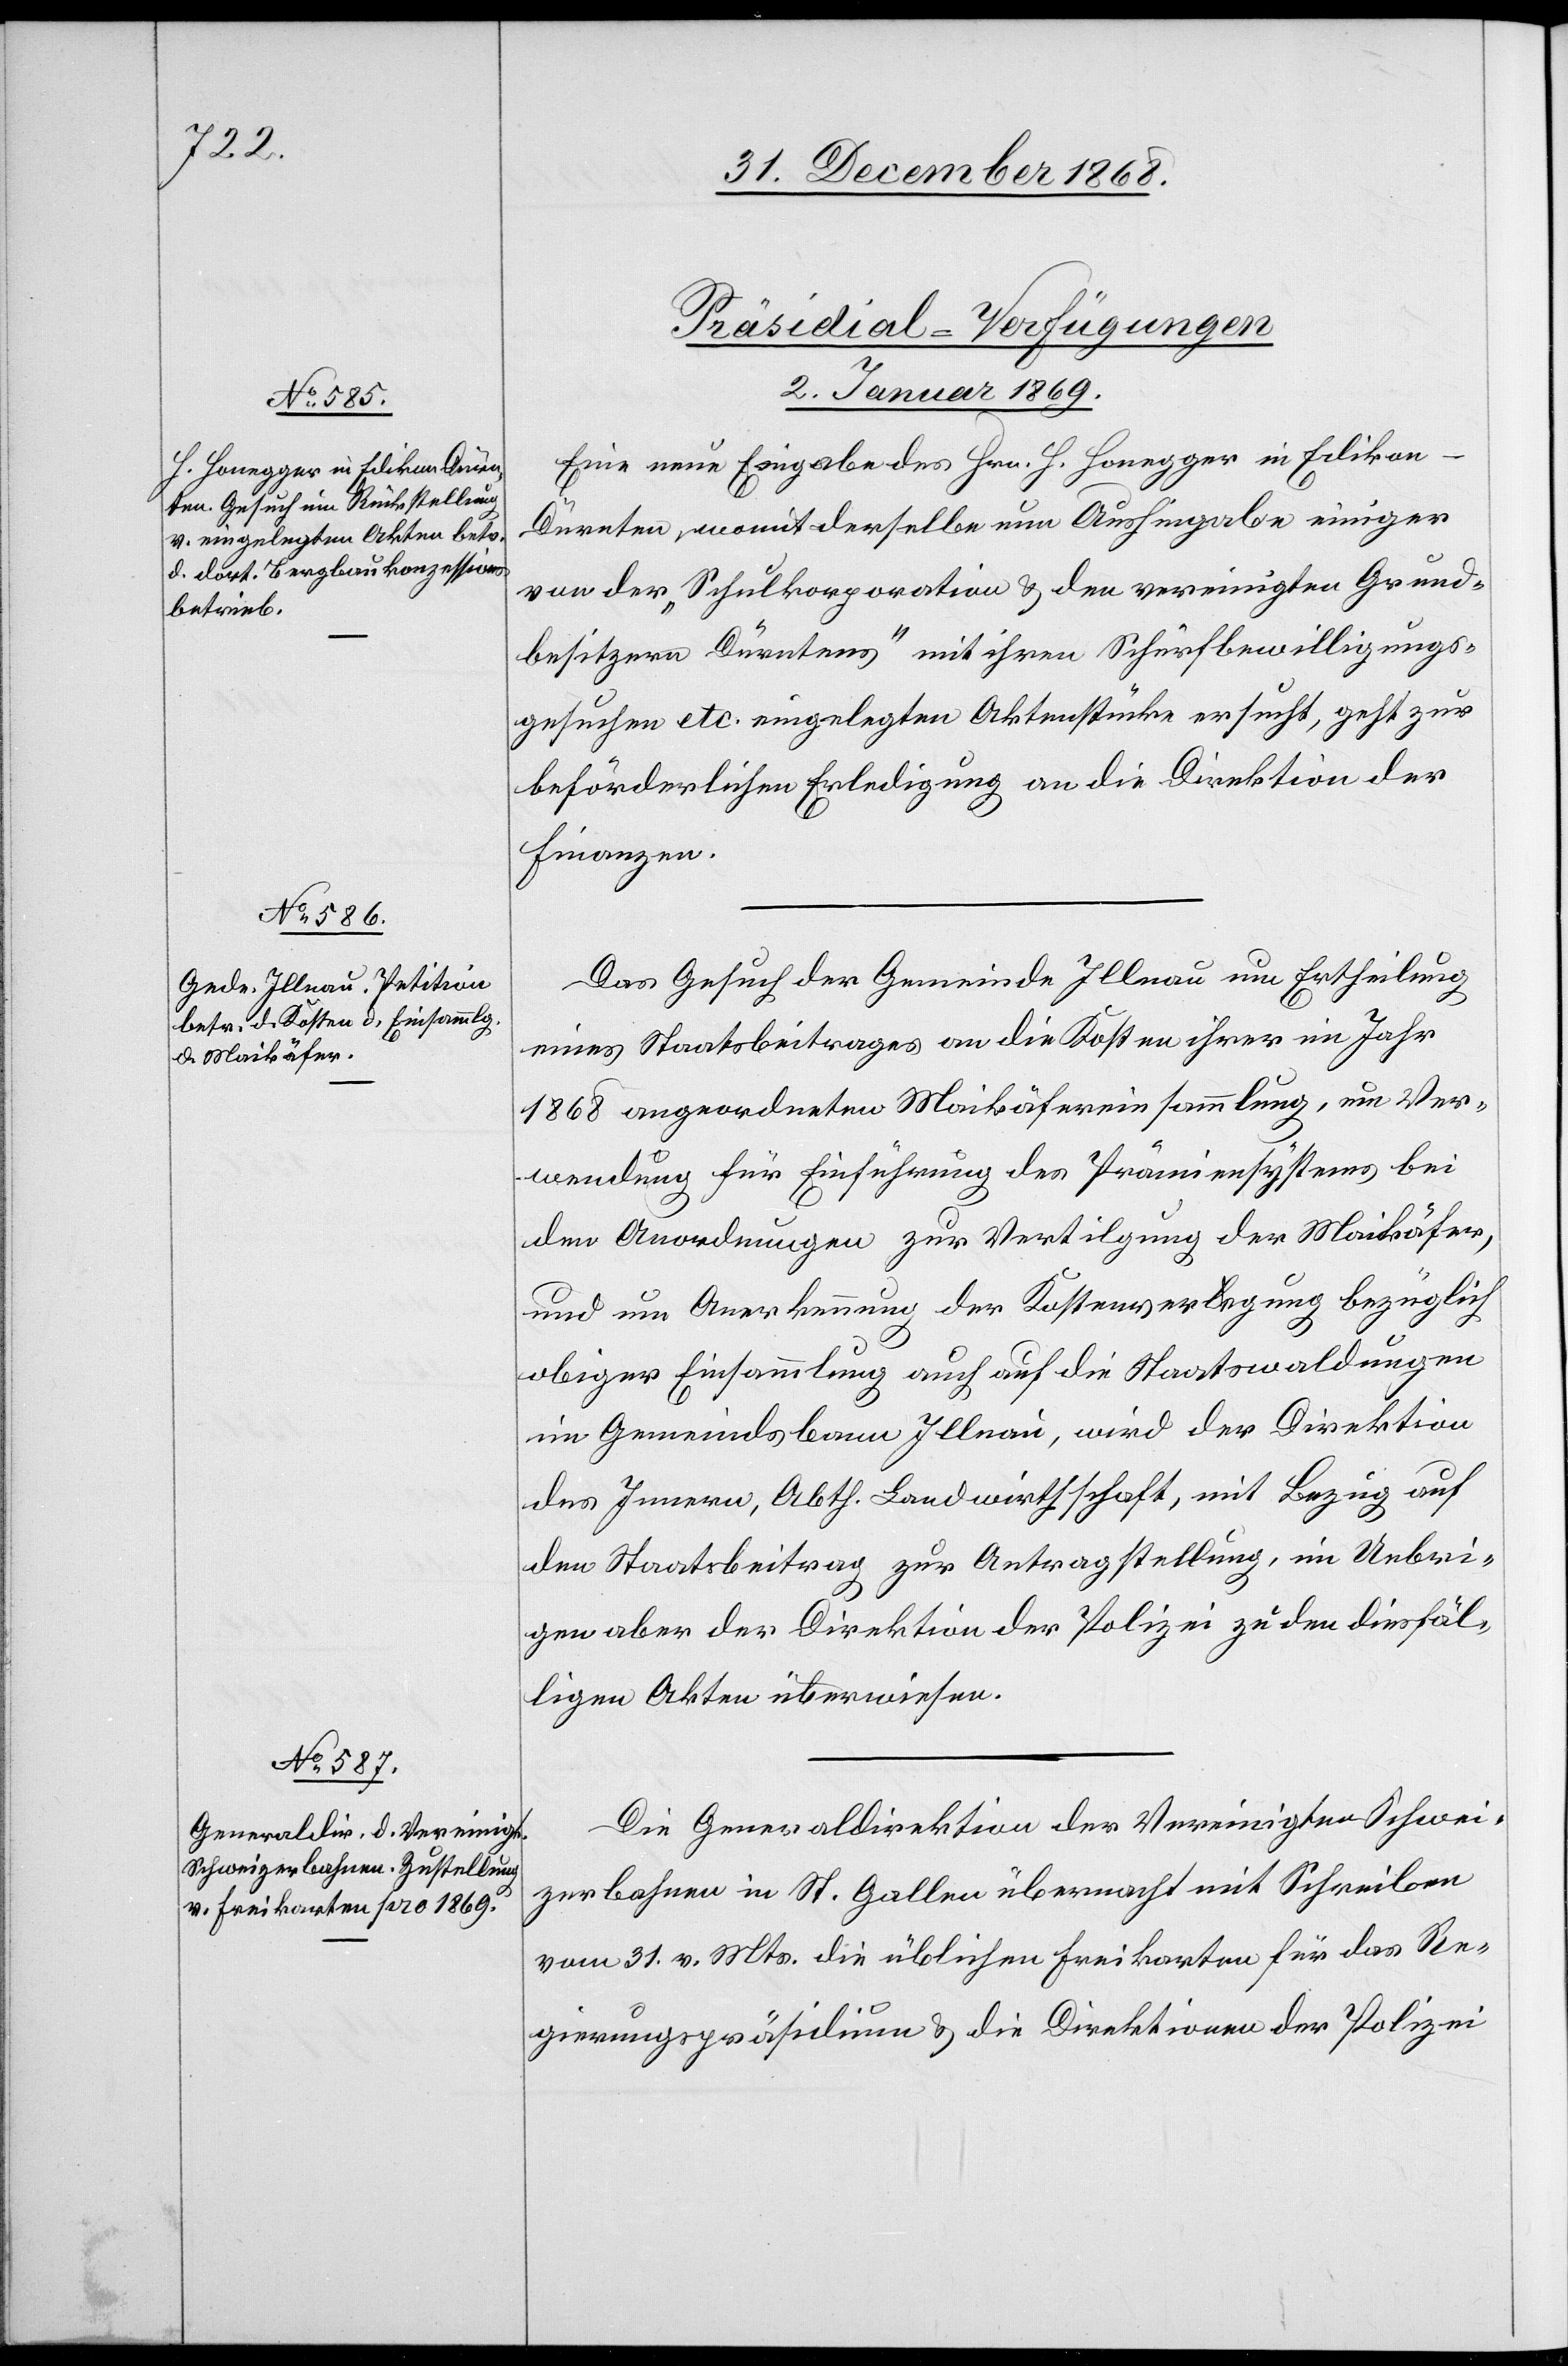
[Präsidial-Verfügungen
2. Januar 1869.]
Eine neue Eingabe des Hrn. H. Honegger in Edikon
Dürnten, womit derselbe nun [recte: um] Aushingabe einiger
von der „Schulkorporation & den vereinigten Grund¬
besitzern Dürntens“ mit ihren Schürfbewilligungs¬
gesuchen etc. eingelegten Aktenstücke ersucht, geht zur
beförderlichen Erledigung an die Direktion der
Finanzen.
Das Gesuch der Gemeinde Illnau um Ertheilung
eines Staatsbeitrages an die Kosten ihrer im Jahr
1868 angeordneten Maikäfereinsammlung, um Ver¬
wendung für Einführung des Prämiensystems bei
den Anordnungen zur Vertilgung der Maikäfer,
und um Anerkennung der Kostenverlegung bezüglich
obiger Einsammlung auch auf die Staatswaldungen
im Gemeindsbann Illnau, wird der Direktion
des Innern, Abth. Landwirthschaft, mit Bezug auf
den Staatsbeitrag zur Antragstellung, im Uebri¬
gen aber der Direktion der Polizei zu den diesfäl¬
ligen Akten überwiesen.
Die Generaldirektion der Vereinigten Schwei¬
zerbahnen in St. Gallen übermacht mit Schreiben
vom 31. v. Mts. die üblichen Freikarten für das Re¬
gierungspräsidium & die Direktionen der Polizei